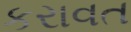
કરાવત